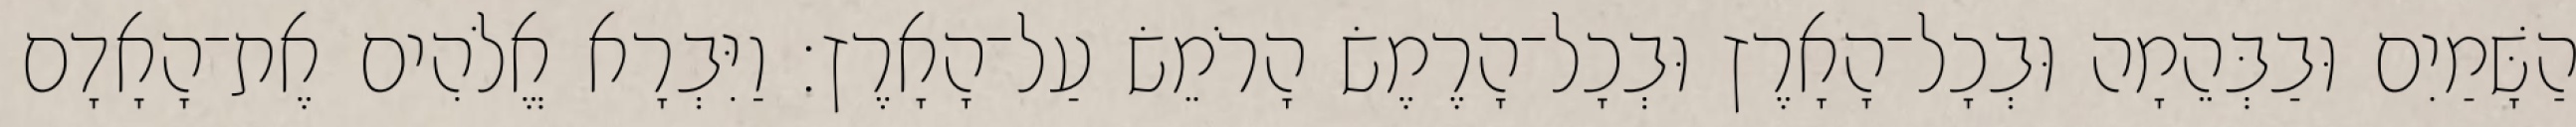
הַשָּׁמַיִם וּבַבְּהֵמָה וּבְכָל־הָאָרֶץ וּבְכָל־הָרֶמֶשׂ הָרֹמֵשׂ עַל־הָאָרֶץ׃ וַיִּבְרָא אֱלֹהִים אֶת־הָאָדָם